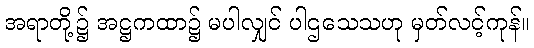
အရာတို့၌ အဋ္ဌကထာ၌ မပါလျှင် ပါဌသေသဟု မှတ်လင့်ကုန်။